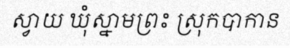
ស្វាយ ឃុំស្នាមព្រះ ស្រុកបាកាន